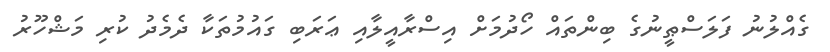
ގެއްލުނު ފަލަސްޠީނުގެ ބިންތައް ހޯދުމަށް އިސްރާއީލާއި ޢަރަބި ގައުމުތަކާ ދެމެދު ކުރި މަޝްހޫރު